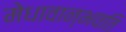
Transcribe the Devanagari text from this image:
मेधावान्भवति